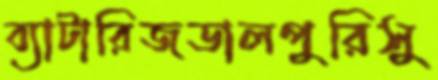
ব্যাটারিজডালপুরিসু